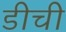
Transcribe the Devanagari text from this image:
डीची